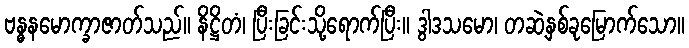
ဗန္ဓနမောက္ခာဇာတ်သည်။ နိဋ္ဌိတံ၊ ပြီးခြင်းသို့ရောက်ပြီး။ ဒွါဒသမော၊ တဆဲ့နှစ်ခုမြောက်သော။